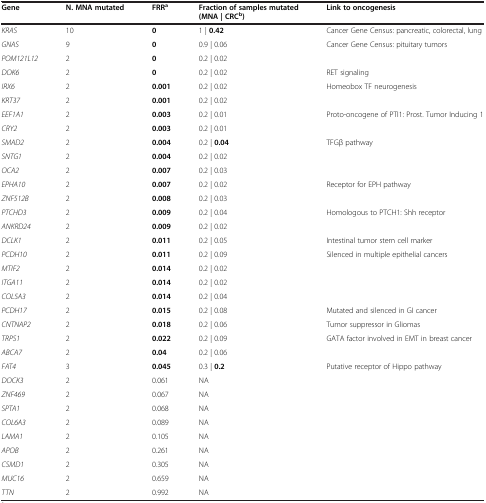
<table><thead><tr><td><b>Gene</b></td><td><b>N. MNA mutated</b></td><td><b>FRR<sup>a</sup></b></td><td><b>Fraction of samples mutated (MNA | CRC<sup>b</sup>)</b></td><td><b>Link to oncogenesis</b></td></tr></thead><tbody><tr><td><i>KRAS</i></td><td>10</td><td><b>0</b></td><td>1 | <b>0.42</b></td><td>Cancer Gene Census: pancreatic, colorectal, lung</td></tr><tr><td><i>GNAS</i></td><td>9</td><td><b>0</b></td><td>0.9 | 0.06</td><td>Cancer Gene Census: pituitary tumors</td></tr><tr><td><i>POM121L12</i></td><td>2</td><td><b>0</b></td><td>0.2 | 0.02</td><td> </td></tr><tr><td><i>DOK6</i></td><td>2</td><td><b>0</b></td><td>0.2 | 0.02</td><td>RET signaling</td></tr><tr><td><i>IRX6</i></td><td>2</td><td><b>0.001</b></td><td>0.2 | 0.02</td><td>Homeobox TF neurogenesis</td></tr><tr><td><i>KRT37</i></td><td>2</td><td><b>0.001</b></td><td>0.2 | 0.02</td><td> </td></tr><tr><td><i>EEF1A1</i></td><td>2</td><td><b>0.003</b></td><td>0.2 | 0.01</td><td>Proto-oncogene of PTI1: Prost. Tumor Inducing 1</td></tr><tr><td><i>CRY2</i></td><td>2</td><td><b>0.003</b></td><td>0.2 | 0.01</td><td> </td></tr><tr><td><i>SMAD2</i></td><td>2</td><td><b>0.004</b></td><td>0.2 | <b>0.04</b></td><td>TFGβ pathway</td></tr><tr><td><i>SNTG1</i></td><td>2</td><td><b>0.004</b></td><td>0.2 | 0.02</td><td> </td></tr><tr><td><i>OCA2</i></td><td>2</td><td><b>0.007</b></td><td>0.2 | 0.03</td><td> </td></tr><tr><td><i>EPHA10</i></td><td>2</td><td><b>0.007</b></td><td>0.2 | 0.02</td><td>Receptor for EPH pathway</td></tr><tr><td><i>ZNF512B</i></td><td>2</td><td><b>0.008</b></td><td>0.2 | 0.03</td><td> </td></tr><tr><td><i>PTCHD3</i></td><td>2</td><td><b>0.009</b></td><td>0.2 | 0.04</td><td>Homologous to PTCH1: Shh receptor</td></tr><tr><td><i>ANKRD24</i></td><td>2</td><td><b>0.009</b></td><td>0.2 | 0.02</td><td> </td></tr><tr><td><i>DCLK1</i></td><td>2</td><td><b>0.011</b></td><td>0.2 | 0.05</td><td>Intestinal tumor stem cell marker</td></tr><tr><td><i>PCDH10</i></td><td>2</td><td><b>0.011</b></td><td>0.2 | 0.09</td><td>Silenced in multiple epithelial cancers</td></tr><tr><td><i>MTIF2</i></td><td>2</td><td><b>0.014</b></td><td>0.2 | 0.02</td><td> </td></tr><tr><td><i>ITGA11</i></td><td>2</td><td><b>0.014</b></td><td>0.2 | 0.02</td><td> </td></tr><tr><td><i>COL5A3</i></td><td>2</td><td><b>0.014</b></td><td>0.2 | 0.04</td><td> </td></tr><tr><td><i>PCDH17</i></td><td>2</td><td><b>0.015</b></td><td>0.2 | 0.08</td><td>Mutated and silenced in GI cancer</td></tr><tr><td><i>CNTNAP2</i></td><td>2</td><td><b>0.018</b></td><td>0.2 | 0.06</td><td>Tumor suppressor in Gliomas</td></tr><tr><td><i>TRPS1</i></td><td>2</td><td><b>0.022</b></td><td>0.2 | 0.09</td><td>GATA factor involved in EMT in breast cancer</td></tr><tr><td><i>ABCA7</i></td><td>2</td><td><b>0.04</b></td><td>0.2 | 0.06</td><td> </td></tr><tr><td><i>FAT4</i></td><td>3</td><td><b>0.045</b></td><td>0.3 | <b>0.2</b></td><td>Putative receptor of Hippo pathway</td></tr><tr><td><i>DOCK3</i></td><td>2</td><td>0.061</td><td>NA</td><td> </td></tr><tr><td><i>ZNF469</i></td><td>2</td><td>0.067</td><td>NA</td><td> </td></tr><tr><td><i>SPTA1</i></td><td>2</td><td>0.068</td><td>NA</td><td> </td></tr><tr><td><i>COL6A3</i></td><td>2</td><td>0.089</td><td>NA</td><td> </td></tr><tr><td><i>LAMA1</i></td><td>2</td><td>0.105</td><td>NA</td><td> </td></tr><tr><td><i>APOB</i></td><td>2</td><td>0.261</td><td>NA</td><td> </td></tr><tr><td><i>CSMD1</i></td><td>2</td><td>0.305</td><td>NA</td><td> </td></tr><tr><td><i>MUC16</i></td><td>2</td><td>0.659</td><td>NA</td><td> </td></tr><tr><td><i>TTN</i></td><td>2</td><td>0.992</td><td>NA</td><td> </td></tr></tbody></table>